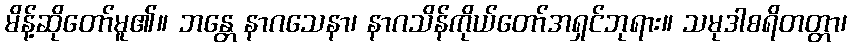
မိန့်ဆိုတော်မူ၏။ ဘန္တေ နာဂသေနာ၊ နာဂသိန်ကိုယ်တော်အရှင်ဘုရား။ သမုဒါစရိတတ္တာ၊